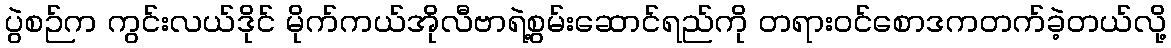
ပွဲစဉ်က ကွင်းလယ်ဒိုင် မိုက်ကယ်အိုလီဗာရဲ့စွမ်းဆောင်ရည်ကို တရားဝင်စောဒကတက်ခဲ့တယ်လို့